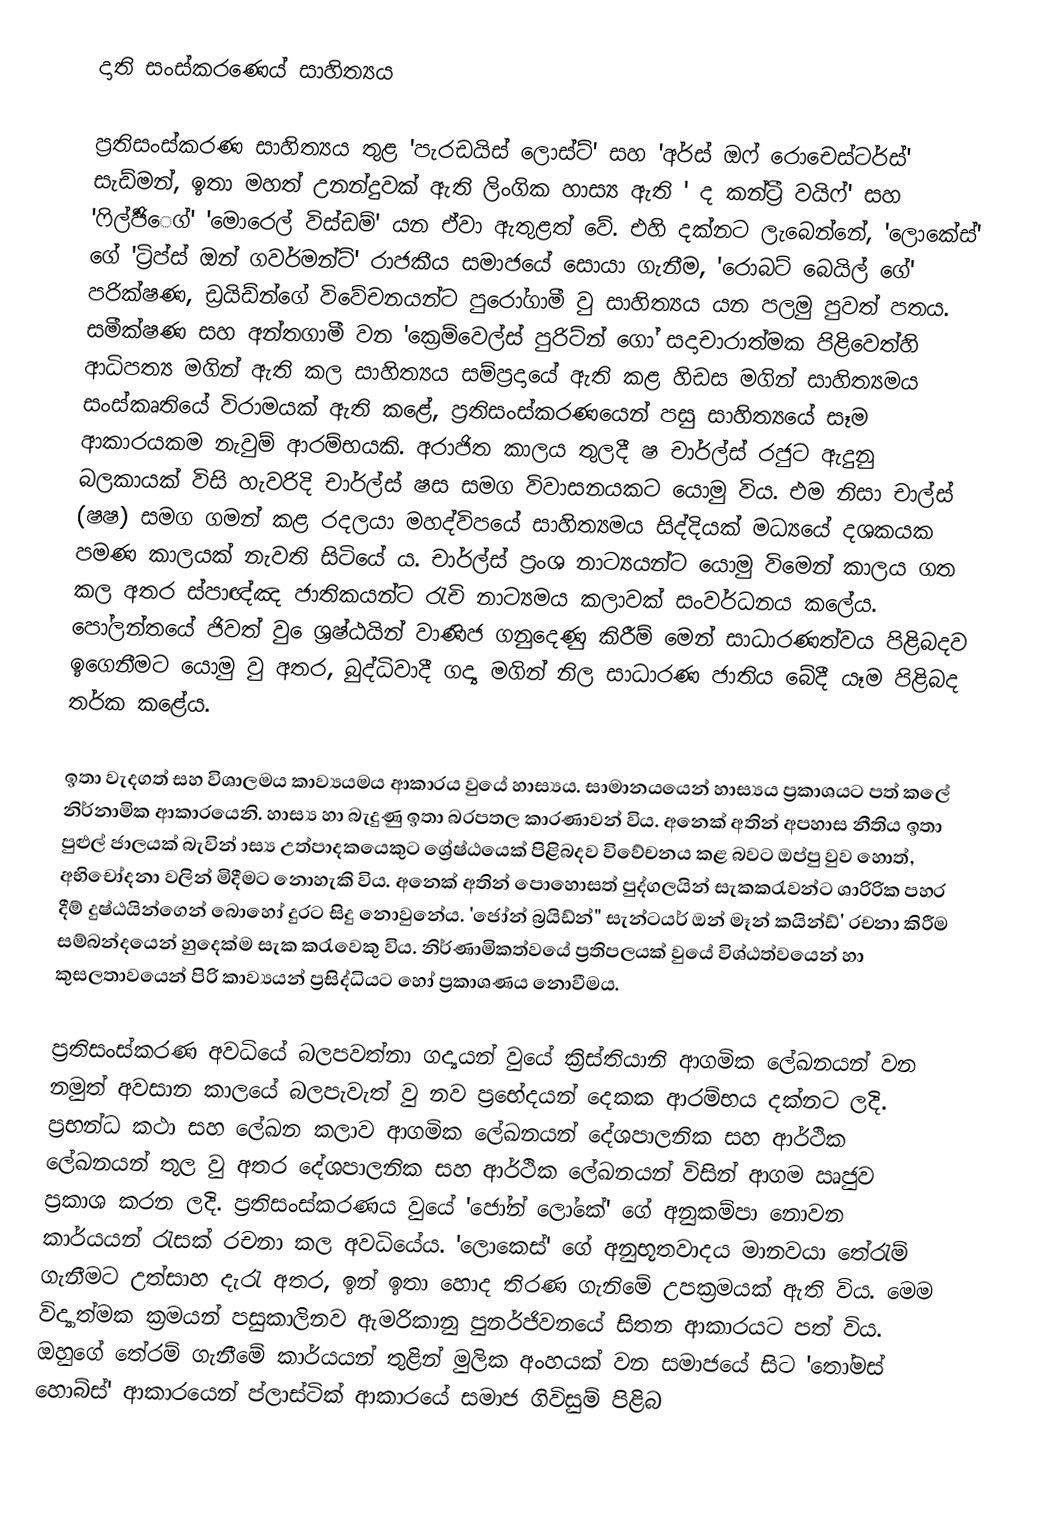
දාති සංස්කරණෙය් සාහිත්‍යය

	ප්‍රතිසංස්කරණ සාහිත්‍යය තුළ 'පැරඩයිස් ලොස්ට්' සහ 'අර්ස් ඔෆ් රොචෙස්ටර්ස්' සැඩ්මන්, ඉතා මහත් උනන්දුවක් ඇති ලිංගික හාස්‍ය ඇති ' ද කන්ට්‍රී වයිෆ්'  සහ '‍ෆිල්ජිර්‍ෙග්' 'මොරෙල් විස්ඩම්' යන ඒවා ඇතුළත් වේ. එහි දක්නට ලැබෙන්නේ, 'ලෙ‍ාකේස්‍' ගේ 'ට්‍රිප්ස් ඔන් ‍ගවර්මන්ට්' රාජකීය සමාජයේ සොයා ගැනීම, 'රොබට් බෙයිල් ගේ' පරික්ෂණ, ඩ්‍රයිඩ්න්ගේ විවේචනයන්ට පුරෝගාමී වු සාහිත්‍යය යන පලමු පුවත් පතය. සමීක්ෂණ සහ අන්තගාමී වන 'ක්‍රෙම්වෙල්ස් පුරිට්න් ගෝ සදාචාරාත්මක පිළිවෙත්හි ආධිපත්‍ය මගින් ඇති කල සාහිත්‍යය සම්ප්‍රදායේ ඇති කළ හිඩස මගින් සාහිත්‍යමය සංස්කෘතියේ විරාමයක් ඇති කළේ, ප්‍රතිසංස්කරණයෙන් පසු සාහිත්‍යයේ සෑම ආකාර‍යකම නැවුම් ආරම්භයකි. අරාජිත කාලය තුලදී ෂ චාර්ල්ස් රජුට ඇදුනු බලකායක් විසි හැවරිදි චාර්ල්ස් ෂස සමග විවාසනයකට යොමු විය. එම නිසා චාල්ස් (ෂෂ) සමග ගමන් කළ රදලයා මහද්විපයේ සාහිත්‍යමය සිද්දියක් මධ්‍යයේ දශකයක පමණ කාලයක් නැවති සිටියේ ය. චාර්ල්ස් ප්‍රංශ නාට්‍යයන්ට යොමු විමෙන් කාලය ගත කල අතර ස්පාඥ්ඤ ජාතිකයන්ට රැචි නාට්‍යමය කලාවක් සංවර්ධනය කලේය. පෝලන්‍තයේ ජිවත් වු ‍ෙශ්‍රෂ්ඨයින් වාණිජ ගනුදෙණු කිරීම් මෙන් සාධාරණත්වය පිළිබදව ඉගෙනීමට යොමු වු අතර, බුද්ධිවාදී ගද්‍ය මගින් නිල සාධාරණ ජාතිය බේදී යෑම පිළිබද තර්ක කළේය.

	ඉතා වැදගත් සහ විශාලමය කාව්‍යයමය ආකාරය වුයේ හාස්‍යය. සාමානයයෙන් හාස්‍යය ප්‍රකාශයට පත් කලේ නිර්නාමික ආකාරයෙනි. හාස්‍ය හා බැදුණු ඉතා බරපතල කාරණාවන් විය. අනෙක් අතින් අපහාස නීතිය ඉතා පුළුල් ජාලයක් බැවින් ාස්‍ය උත්පාදකයෙකුට ශ්‍රේෂ්ඨයෙක් පිළිබදව විවේචනය කළ බවට ඔප්පු වුව හොත්, අභිචෝදනා වලින් මිදීමට නොහැකි විය. අනෙක් අතින් පොහොසත් පුද්ගලයින් සැකකරැවන්ට ශාරිරික පහර දීම් දුෂ්ඨයින්ගෙන් බොහෝ දුරට සිදු නොවුනේය. 'ජෝන් බ්‍රයිඩ්න්" සැන්ටයර් ඔන් මෑන් කයින්ඩ්' රචනා කිරීම සම්බන්දයෙන් හුදෙක්ම සැක කරැවෙකු විය. නිර්ණාමිකත්වයේ ප්‍රතිපලයක් වුයේ විශ්ඨත්වයෙන් හා කුසලතාවයෙන් පිරි කාව්‍යයන් ප්‍රසිද්ධියට හෝ ප්‍රකාශණය නොවීමය.

	ප්‍රතිසංස්කරණ අවධියේ බලපවත්නා ගද්‍යයන් වුයේ ක්‍රිස්තියානි ආගමික ලේඛනයන් වන නමුත් අවසාන කාලයේ බලපැවැත් වු නව ප්‍රභේදයන් දෙකක ආරම්භය දක්නට ලදි. ප්‍රභන්ධ කථා සහ ලේඛන කලාව ආගමික ලේඛනයන් දේශපාලනික සහ ආර්ථික ලේඛනයන් තුල වු අතර දේශපාලනික සහ ආර්ථික ලේඛනයන් විසින් ආගම ඍජුව ප්‍රකාශ කරන ලදි. ප්‍රතිසංස්කරණය වුයේ 'ජෝන් ලෝකේ' ගේ අනුකම්පා නොවන කාර්යයන් රැසක් රචනා කල අවධියේය. 'ලොකෙස්' ගේ අනුභූතවාදය මානවයා තේරැම් ගැනීමට උත්සාහ දැරැ අතර, ඉන් ඉතා හොද තිරණ ගැනිමේ උපක්‍රමයක් ඇති විය. මෙම විද්‍යාත්මක ක්‍රමයන් පසුකාලිනව ඇමරිකානු පුනර්ජිවනයේ සිතන ආකාරයට පත් විය. ඔහුගේ තේරම් ගැනීමේ කාර්යයන් තුළින් මුලික අංහයක් වන සමාජයේ සිට 'තෝමස් හොබ්ස්' ආකාරයෙන් ප්ලාස්ටික් ආකාරයේ සමාජ ගිවිසුම් පිළිබ